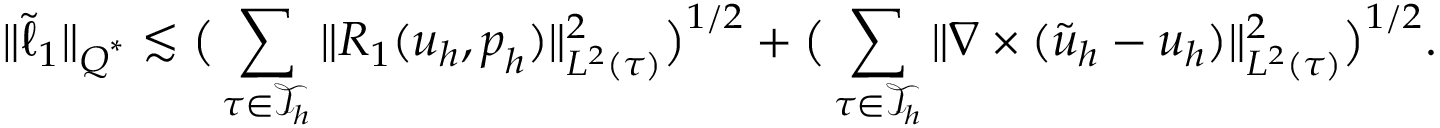
\| \tilde { \ell } _ { 1 } \| _ { \boldsymbol { Q } ^ { * } } \lesssim \big ( \sum _ { \tau \in \mathcal { T } _ { h } } \| R _ { 1 } ( \boldsymbol { u } _ { h } , \boldsymbol { p } _ { h } ) \| _ { L ^ { 2 } ( \tau ) } ^ { 2 } \big ) ^ { 1 / 2 } + \big ( \sum _ { \tau \in \mathcal { T } _ { h } } \| \nabla \times ( \tilde { \boldsymbol { u } } _ { h } - \boldsymbol { u } _ { h } ) \| _ { L ^ { 2 } ( \tau ) } ^ { 2 } \big ) ^ { 1 / 2 } .